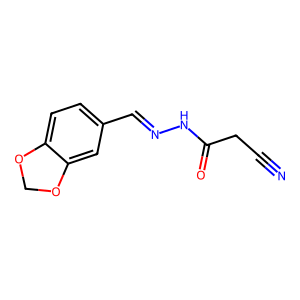
SMILES: N#CCC(=O)NN=Cc1ccc2c(c1)OCO2
Inhibits HIV replication: No